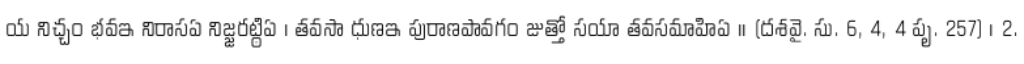
య నిచ్చం భవఇ నిరాసఏ నిజ్జరట్ఠిఏ । తవసా ధుణఇ పురాణపావగం జుత్తో సయా తవసమాహిఏ ।। (దశవై. సు. 6, 4, 4 పృ. 257) । 2.